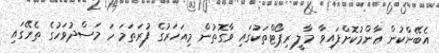
އެބޭންކުން ޢާންމުކޮށްފައިވާ މާލީ ރިޕޯޓްތަކުގައި ވާގޮތުން މިއަހަރުގެ ފުރަތަމަ ހަ މަސްދުވަހުގެ ތެރޭގައި